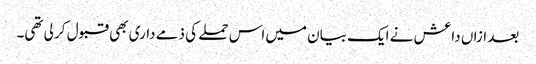
بعد ازاں داعش نے ایک بیان میں اس حملے کی ذمے داری بھی قبول کر لی تھی۔